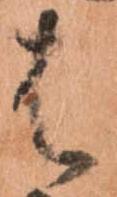
は